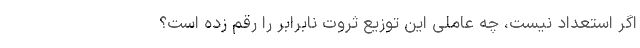
اگر استعداد نیست، چه عاملی این توزیع ثروت نابرابر را رقم زده است؟